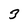
Character: 3